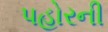
પહોરની